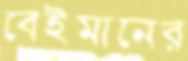
বেইমানের